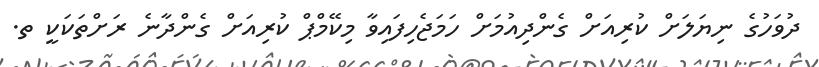
ދުވަހުގެ ނިޔަލަށް ކުރިއަށް ގެންދިއުމަށް ހަމަޖެހިފައިވާ މިކޭމްޕް ކުރިއަށް ގެންދާނެ ރަށްތަކަކީ ތ.